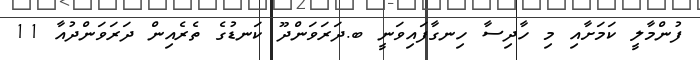
ފުންމާލީ ކަމަށާއި މި ހާދިސާ ހިނގާފައިވަނީ ބ.ދަރަވަންދޫ ކަނޑުގެ ތެރެެއިން ދަރަވަންދުއާ 11